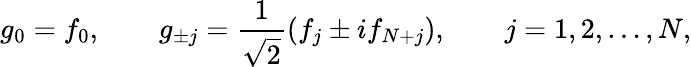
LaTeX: g_{0}=f_{0},\qquad g_{\pm j}=\frac{1}{\sqrt{2}}(f_{j}\pm if_{N+j}),\qquad j=1,2,\ldots,N,